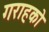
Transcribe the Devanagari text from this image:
गराहको